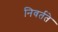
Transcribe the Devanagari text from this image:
निवर्तते